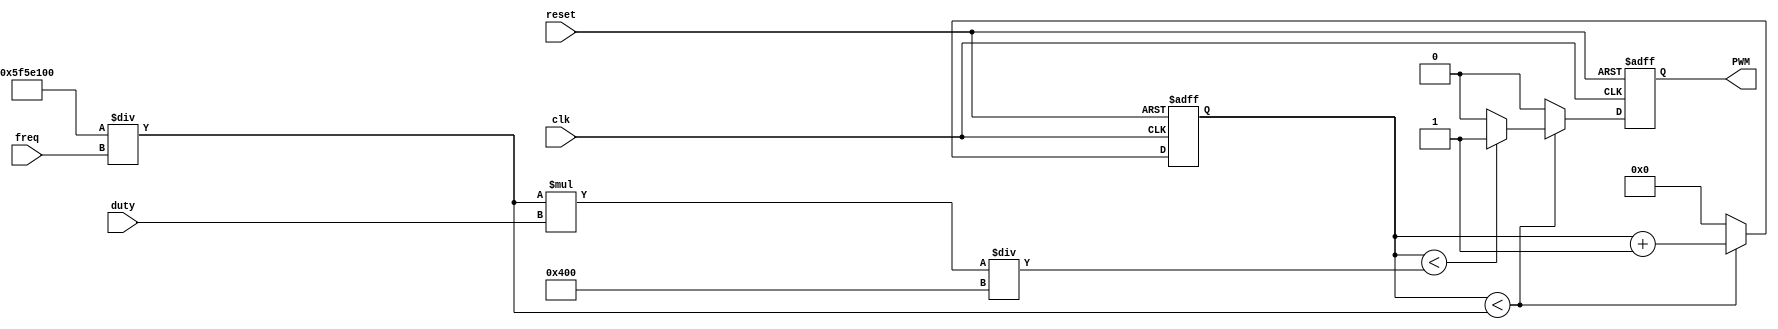
//////////////////////////////////////////////////////////////////////////////////
// Module Name: PWM_gen
// Description: This IP expects 100 MHz input clock and generates the desired output
// 				at PWM output with the configurable frequency (in Hz) and duty cycle.
// 				
//				The configurable frequency should be less or equal to 100 MHz and 
//				the duty cycle can vary in step of 1/1024, i.e. 0.0009765625 or 
//				approximately 0.1% 
//////////////////////////////////////////////////////////////////////////////////

//input: 100MHZ clk from FPGA, and the freq and duty cycle you required.
//output: PWM signals for certain frequency and duty cycle.

module PWM(
    input wire clk,
    input wire reset,
	input [31:0] freq,
    input [9:0] duty,
    output reg PWM
);

wire [31:0] count_max = 100_000_000 / freq; // The new frequency. 50HZ.
wire [31:0] count_duty = count_max * duty / 1024; // counter  * duty cycle(%)
reg [31:0] count;
    
always @(posedge clk, posedge reset) begin
    if (reset) begin
        count <= 0;
        PWM <= 0;
    end else if (count < count_max) begin
        count <= count + 1;
		if(count < count_duty)
            PWM <= 1;
        else
            PWM <= 0;
    end else begin
        count <= 0;
        PWM <= 0;
    end
end

endmodule